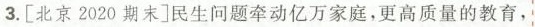
3.[北京2020期末]民生问题牵动亿万家庭，更高质量的教育，